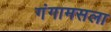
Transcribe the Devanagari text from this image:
गंगामसला